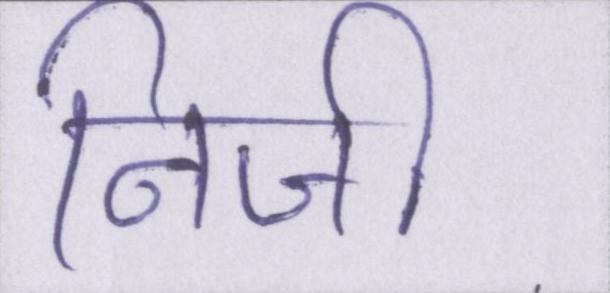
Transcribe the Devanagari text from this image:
निजी